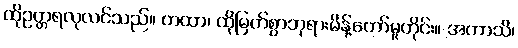
ထိုဥတ္တရလုလင်သည်။ တထာ၊ ထိုမြတ်စွာဘုရားမိန့်တော်မူတိုင်း။ အကာသိ၊